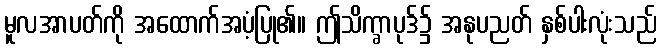
မူလအာပတ်ကို အထောက်အပံ့ပြု၏။ ဤသိက္ခာပုဒ်၌ အနုပညတ် နှစ်ပါးလုံးသည်